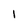
Character: 1